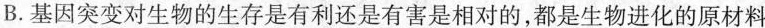
B.基因突变对生物的生存是有利还是有害是相对的，都是生物进化的原材料